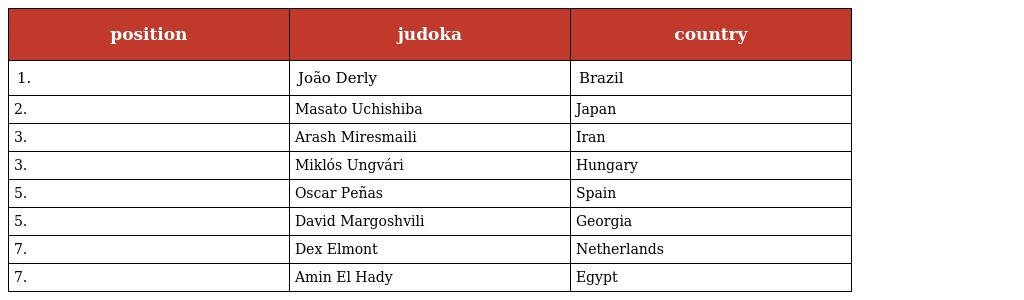
| position | judoka | country |
 | --- | --- | --- |
 | 1. | João Derly | Brazil |
 | 2. | Masato Uchishiba | Japan |
 | 3. | Arash Miresmaili | Iran |
 | 3. | Miklós Ungvári | Hungary |
 | 5. | Oscar Peñas | Spain |
 | 5. | David Margoshvili | Georgia |
 | 7. | Dex Elmont | Netherlands |
 | 7. | Amin El Hady | Egypt |